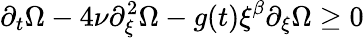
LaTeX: \partial_{t}\Omega-4\nu\partial_{\xi}^{2}\Omega-g(t)\xi^{\beta}\partial_{\xi}\Omega\geq 0